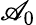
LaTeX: \mathscr{A}_{0}